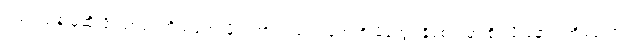
ငယ်ငယ်နဲ့ မုဆိုးဖို ဖြစ်တဲ့ ကိုယ်တော်မှိုင်းဟာ ကလေးတွေကို မိထွေး နှိပ်စက်မှာ စိုးလို့ နောက်အိမ်ထောင်